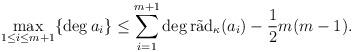
LaTeX: \begin{align*} \max_{1\leq i\leq m+1}\{\deg a_i\} \leq \sum_{i=1}^{m+1}\deg\mathrm{r\tilde{a}d}_{\kappa}(a_i)-\frac{1}{2}m(m-1).\end{align*}